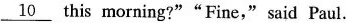
\underline{10} this morning?""Fine,"said Paul.